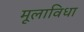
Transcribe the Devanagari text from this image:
मूलाविधा